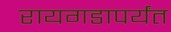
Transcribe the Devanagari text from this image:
रायगडापर्यंत